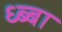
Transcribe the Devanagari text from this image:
ध्ब्बा